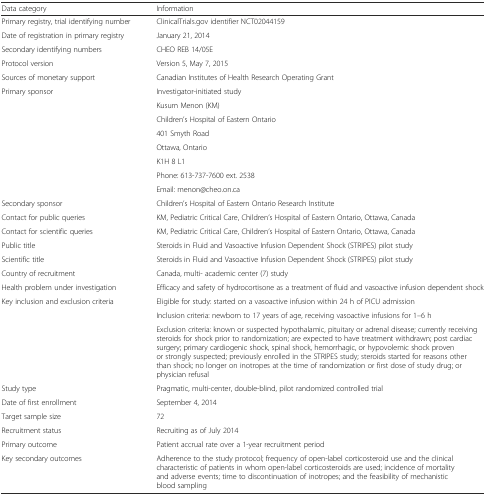
<table><thead><tr><td><b>Data category</b></td><td><b>Information</b></td></tr></thead><tbody><tr><td>Primary registry, trial identifying number</td><td>ClinicalTrials.gov identifier NCT02044159</td></tr><tr><td>Date of registration in primary registry</td><td>January 21, 2014</td></tr><tr><td>Secondary identifying numbers</td><td>CHEO REB 14/05E</td></tr><tr><td>Protocol version</td><td>Version 5, May 7, 2015</td></tr><tr><td>Sources of monetary support</td><td>Canadian Institutes of Health Research Operating Grant</td></tr><tr><td rowspan="8">Primary sponsor</td><td>Investigator-initiated study</td></tr><tr><td>Kusum Menon (KM)</td></tr><tr><td>Children’s Hospital of Eastern Ontario</td></tr><tr><td>401 Smyth Road</td></tr><tr><td>Ottawa, Ontario</td></tr><tr><td>K1H 8 L1</td></tr><tr><td>Phone: 613-737-7600 ext. 2538</td></tr><tr><td>Email: menon@cheo.on.ca</td></tr><tr><td>Secondary sponsor</td><td>Children’s Hospital of Eastern Ontario Research Institute</td></tr><tr><td>Contact for public queries</td><td>KM, Pediatric Critical Care, Children’s Hospital of Eastern Ontario, Ottawa, Canada</td></tr><tr><td>Contact for scientific queries</td><td>KM, Pediatric Critical Care, Children’s Hospital of Eastern Ontario, Ottawa, Canada</td></tr><tr><td>Public title</td><td>Steroids in Fluid and Vasoactive Infusion Dependent Shock (STRIPES) pilot study</td></tr><tr><td>Scientific title</td><td>Steroids in Fluid and Vasoactive Infusion Dependent Shock (STRIPES) pilot study</td></tr><tr><td>Country of recruitment</td><td>Canada, multi- academic center (7) study</td></tr><tr><td>Health problem under investigation</td><td>Efficacy and safety of hydrocortisone as a treatment of fluid and vasoactive infusion dependent shock</td></tr><tr><td rowspan="3">Key inclusion and exclusion criteria</td><td>Eligible for study: started on a vasoactive infusion within 24 h of PICU admission</td></tr><tr><td>Inclusion criteria: newborn to 17 years of age, receiving vasoactive infusions for 1–6 h</td></tr><tr><td>Exclusion criteria: known or suspected hypothalamic, pituitary or adrenal disease; currently receiving steroids for shock prior to randomization; are expected to have treatment withdrawn; post cardiac surgery; primary cardiogenic shock, spinal shock, hemorrhagic, or hypovolemic shock proven or strongly suspected; previously enrolled in the STRIPES study; steroids started for reasons other than shock; no longer on inotropes at the time of randomization or first dose of study drug; or physician refusal</td></tr><tr><td>Study type</td><td>Pragmatic, multi-center, double-blind, pilot randomized controlled trial</td></tr><tr><td>Date of first enrollment</td><td>September 4, 2014</td></tr><tr><td>Target sample size</td><td>72</td></tr><tr><td>Recruitment status</td><td>Recruiting as of July 2014</td></tr><tr><td>Primary outcome</td><td>Patient accrual rate over a 1-year recruitment period</td></tr><tr><td>Key secondary outcomes</td><td>Adherence to the study protocol; frequency of open-label corticosteroid use and the clinical characteristic of patients in whom open-label corticosteroids are used; incidence of mortality and adverse events; time to discontinuation of inotropes; and the feasibility of mechanistic blood sampling</td></tr></tbody></table>